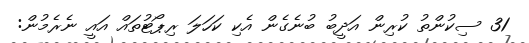
31 ސިކުންތު ކުރިން އަދީބު ބުނެގެން އެކި ކަހަލަ ރިޕޯޓުތައް އައީ ނެރެމުން: